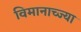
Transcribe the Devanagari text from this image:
विमानाच्ज्या